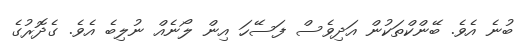
ބުނެ އެވެ. ބޭންކްތަކުން އަދިވެސް ފަސޭހަ އިން ލޯނެއް ނުލިބެ އެވެ. ގެދޮރުގެ